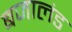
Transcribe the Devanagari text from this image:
बजालंड